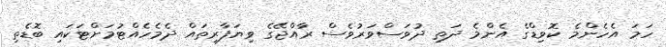
ހަމަ އެހެންމެ ކޮވިޑްގެ އެންމެ ދަތި ދުވަސްވަރުވެސް ރާއްޖޭގެ ވިޔަފާރިތައް ދެމެހެއްޓުމަށްޓަކައި ބޮޑެތި